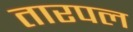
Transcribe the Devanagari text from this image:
तारपल